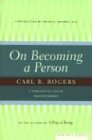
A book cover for On Becoming a Person: A Therapist's View of Psychotherapy; Carl Rogers; Medical Books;